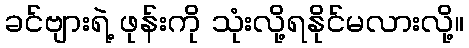
ခင်ဗျားရဲ့ ဖုန်းကို သုံးလို့ရနိုင်မလားလို့။